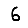
Digit: 6